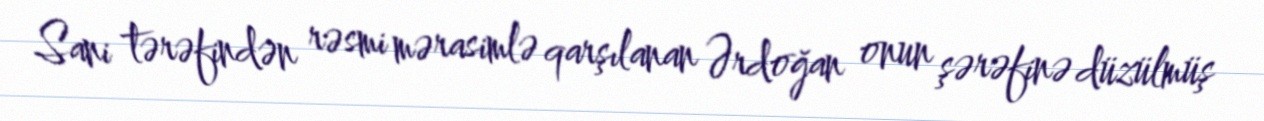
Sani tərəfindən rəsmi mərasimlə qarşılanan Ərdoğan onun şərəfinə düzülmüş